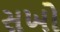
સખો